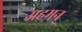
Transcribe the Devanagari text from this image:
अहमन्